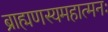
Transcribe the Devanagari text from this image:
ब्राह्मणस्यमहात्मनः